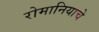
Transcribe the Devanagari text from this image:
रोमानियाचे